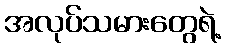
အလုပ်သမားတွေရဲ့